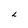
Character: L